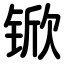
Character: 锨